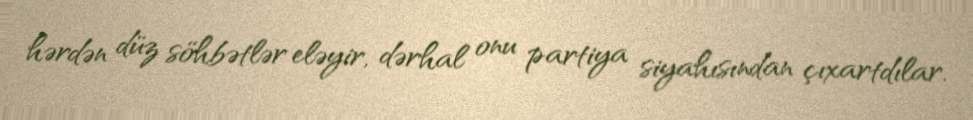
hərdən düz söhbətlər eləyir, dərhal onu partiya siyahısından çıxartdılar.